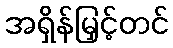
အရှိန်မြှင့်တင်